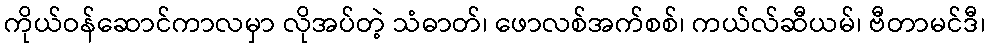
ကိုယ်ဝန်ဆောင်ကာလမှာ လိုအပ်တဲ့ သံဓာတ်၊ ဖောလစ်အက်စစ်၊ ကယ်လ်ဆီယမ်၊ ဗီတာမင်ဒီ၊